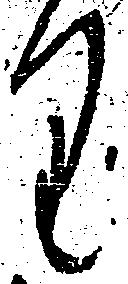
り